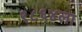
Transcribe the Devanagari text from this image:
१८६४ला